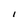
Character: I